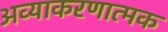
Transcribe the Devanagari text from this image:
अव्याकरणात्मक